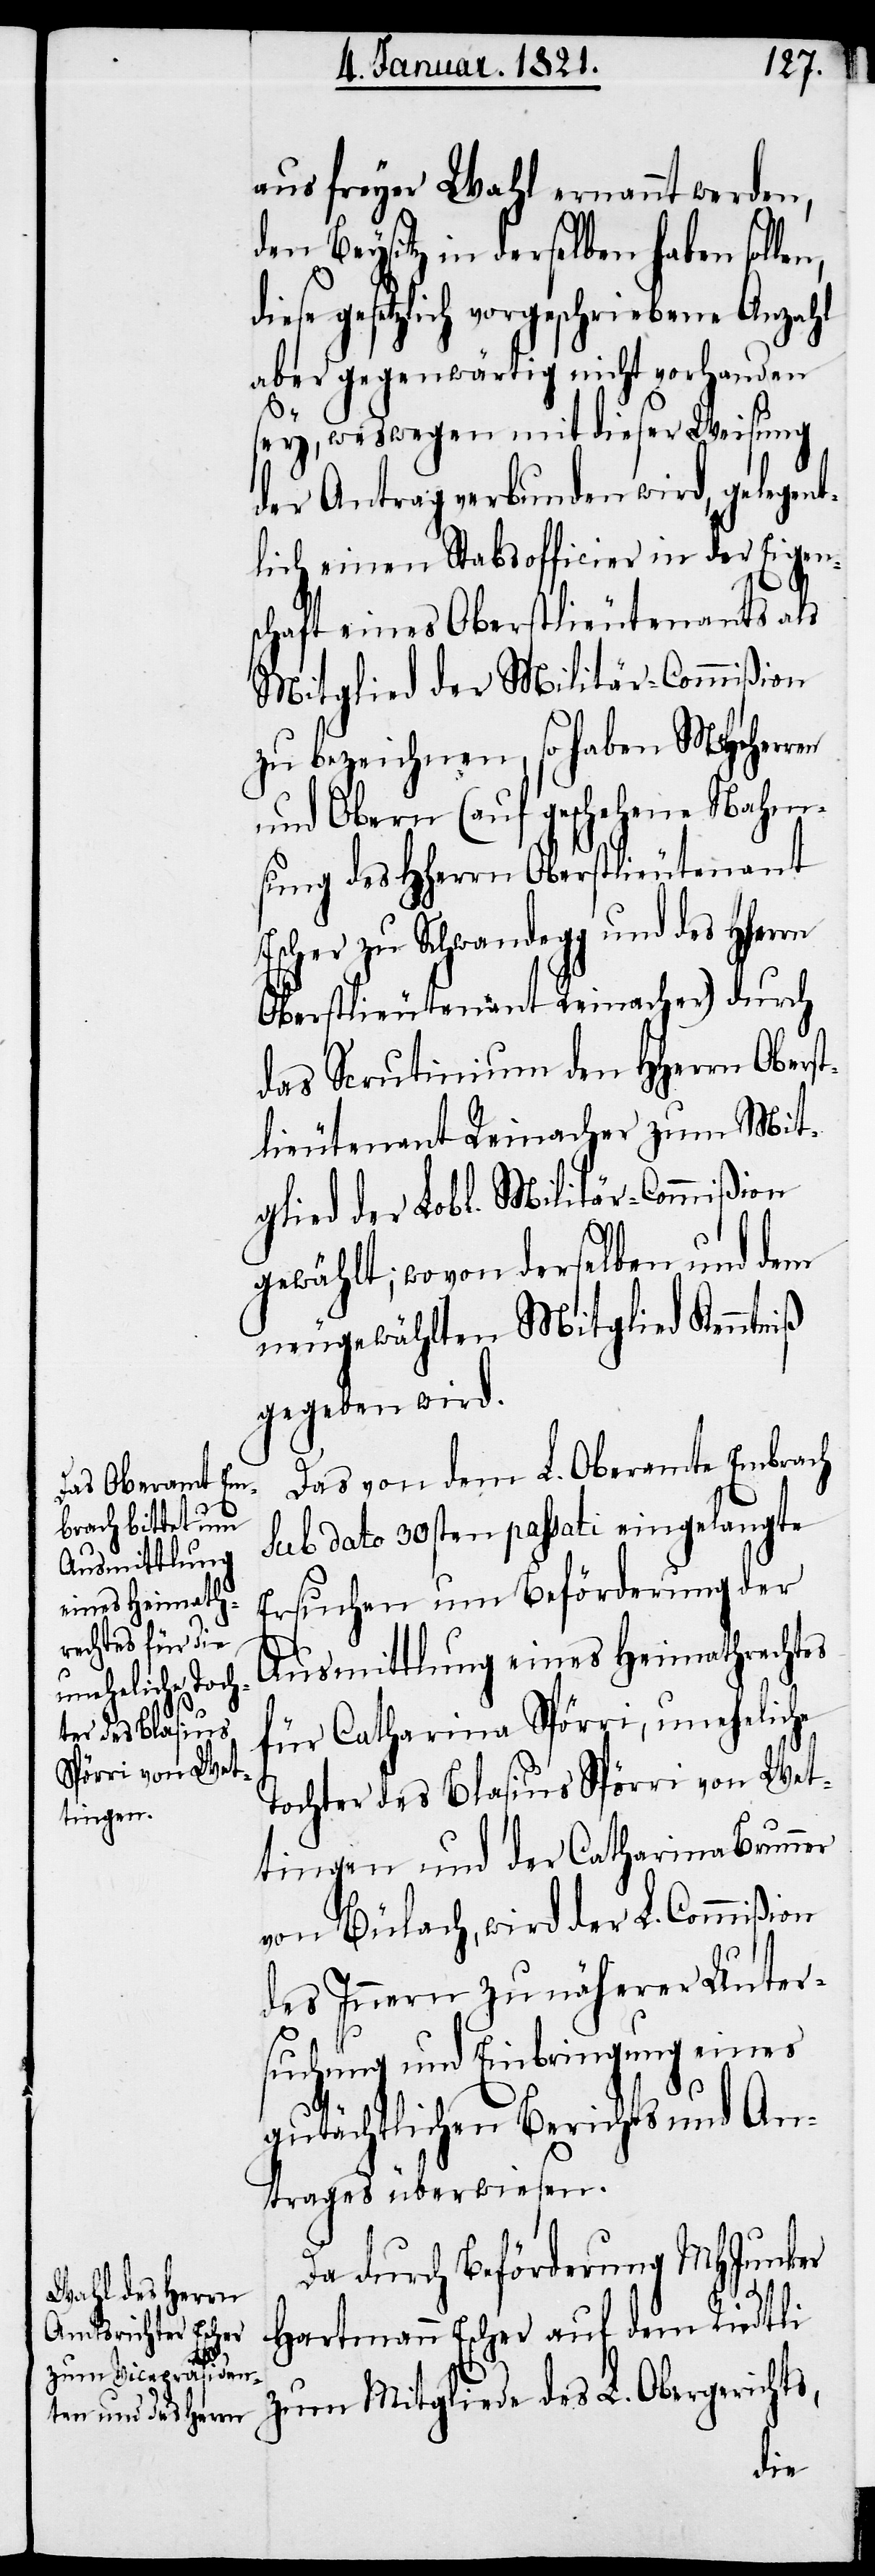
aus freyer Wahl ernannt werden,
den Beysitz in derselben haben solle¬
gesetzlich vorgeschriebene Anzahl
aber gegenwärtig nicht vorhanden
sey, weswegen mit dieser Weisung
der Antrag verbunden wird, gelegen¬
tlich einen Stabsofficier in der Eigen¬
E¬
schaft eines Oberstlieutnants als
Mitglied der Militär-Commißion
zu bezeichnen, so haben MHHerren
und Obern (auf geschehene Nahm¬
sung des HHerrn Oberstlieutenant
scher zu Schwandegg und des
Oberstlieutenant Reinacher) durch
das Scrutinium den HHerrn Obers¬
tlieutenant Reinacher zum Mit¬
glied der Lobl. Militär-Commißion
gewählt; wovon derselben und dem
neugewählten Mitglied Kenntniß
gegeben wird.
Das von dem L. Oberamte Embrach
sub dato 30sten passati eingelangte
Ersuchen um Beförderung der
Ausmittlung eines Heimathrechtes
für Catharina Spörri, uneheliche
Tochter des Blasius Spörri von Wet¬
tingen und der Catharina Brunner
von Bülach, wird der L. Commißion
des Innern zu näherer Unter¬
suchung und Einbringung eines
gutächtlichen Berichts und An¬
trages überwiesen.
Da durch Beförderung MHJunker
Hartmann Escher auf dem Riedtli
zum Mitgliede des L. Obergerichts,
die¬